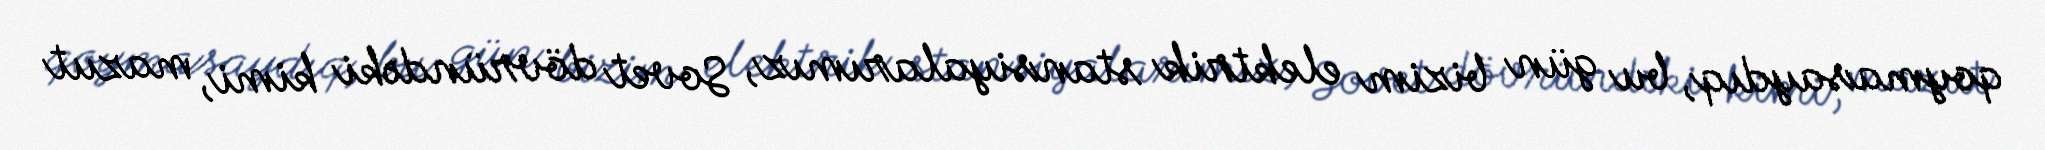
qoymasaydıq, bu gün bizim elektrik stansiyalarımız, Sovet dövründəki kimi, mazut